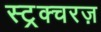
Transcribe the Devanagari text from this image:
स्ट्रक्चरज़